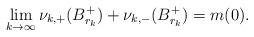
LaTeX: \begin{align*}\lim_{k\rightarrow\infty}\nu_{k,+}(B_{r_k}^+)+\nu_{k,-}(B_{r_k}^+)=m(0). \end{align*}